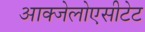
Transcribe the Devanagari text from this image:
आक्जेलोएसीटेट